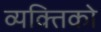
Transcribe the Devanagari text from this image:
व्यक्तिको